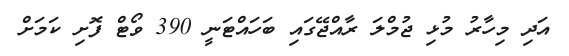
އަދި މިހާރު މުޅި ޖުމްލަ ރާއްޖޭގައި ބަހައްޓަނީ 390 ވޯޓް ފޮށި ކަމަށް